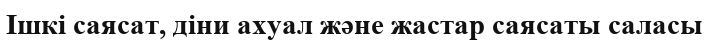
Ішкі саясат, діни ахуал және жастар саясаты саласы